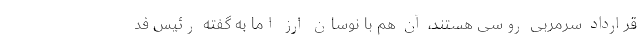
قرارداد سرمربی روسی هستند، آن هم با نوسان ارز اما به گفته رئیس فد